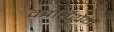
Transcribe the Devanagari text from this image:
कार्तियेने